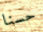
حسنا